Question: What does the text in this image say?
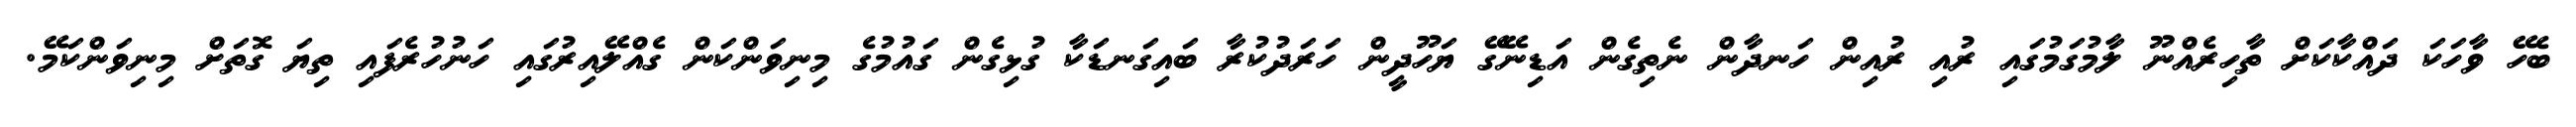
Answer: ބެހޭ ވާހަކަ ދައްކާކަށް ތާހިރެއްނޫ ލާމުގަމުގައި ރުއި ރުއިން ހަނދާން ނެތިގެން އަޑިނޭގޭ ޔަހޫދީން ހަރަދުކުރާ ބައިގަނޑަކާ ގުޅިގެން ގައުމުގެ މިނިވަންކަން ގެއްލޭއިރުގައި ހަނުހުރެފައި ތިޔަ ގޮތަށް މިނިވަންކަމޭ.